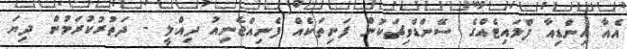
އެއާ އިންޑިއާ ފްލައިޓެއްގެ ސޭންޑްވިޗަކުން ފަނިތަކެއް ފެނިއްޖެނިއު ދިއްލީ - ދަތުރުކުރަމުން ދިޔަ